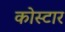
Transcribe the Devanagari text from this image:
कोस्टार